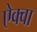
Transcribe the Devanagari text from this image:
ऐक्वा